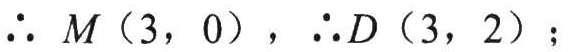
\(\therefore M(3,0),\therefore D(3,2);\)